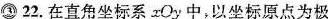
③ 22.在直角坐标系xOy中，以坐标原点为极